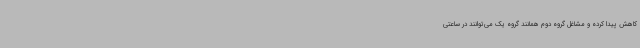
کاهش پیدا کرده و مشاغل گروه دوم همانند گروه یک می‌توانند در ساعتی